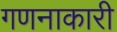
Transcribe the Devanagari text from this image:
गणनाकारी